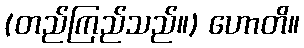
(တည်ကြည်သည်။) ဟောတိ။